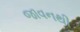
જાવનથી